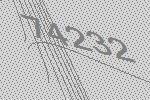
74232